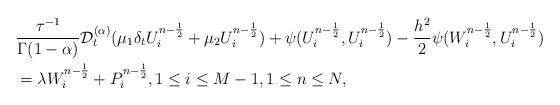
LaTeX: \begin{align*} &\frac{\tau^{-1}}{\Gamma(1-\alpha)}\mathcal{D}_t^{(\alpha)}( \mu_1 \delta_t U_i^{n-\frac{1}{2}}+\mu_2 U_i^{n-\frac{1}{2}})+\psi(U_i^{n-\frac{1}{2}},U_i^{n-\frac{1}{2}})-\frac{h^2}{2}\psi(W_i^{n-\frac{1}{2}},U_i^{n-\frac{1}{2}})\\ &=\lambda W_i^{n-\frac{1}{2}}+P_i^{n-\frac{1}{2}},1\leq i \leq M-1,1\leq n\leq N, \end{align*}